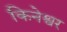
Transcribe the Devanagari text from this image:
किनेश्वर